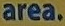
area.